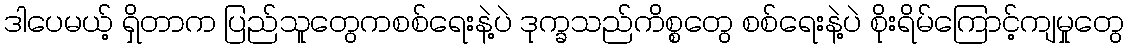
ဒါပေမယ့် ရှိတာက ပြည်သူတွေကစစ်ရေးနဲ့ပဲ ဒုက္ခသည်ကိစ္စတွေ စစ်ရေးနဲ့ပဲ စိုးရိမ်ကြောင့်ကျမှုတွေ